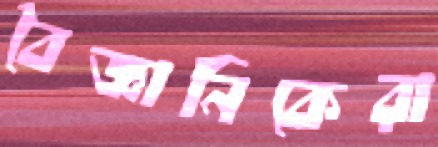
বৈজ্ঞানিকেরা